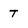
Character: t